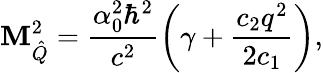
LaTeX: \mathbf{M}_{\hat{{Q}}}^{2}=\frac{{\alpha_{0}^{2}\hbar^{2}}}{{c^{2}}}\left(\gamma+\frac{{c_{2}q^{2}}}{{2c_{1}}}\right),